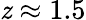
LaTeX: \mathit{z}\approx1.5